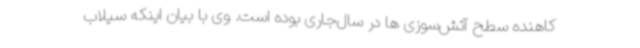
کاهنده سطح آتش‌سوزی ها در سال‌جاری بوده است. وی با بیان اینکه سیلاب